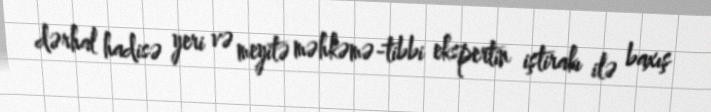
dərhal hadisə yeri və meyitə məhkəmə-tibbi ekspertin iştirakı ilə baxış